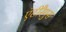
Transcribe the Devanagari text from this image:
एंटीरैगुस